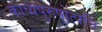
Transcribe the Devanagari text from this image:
काव्यपुरुषोत्पत्ति